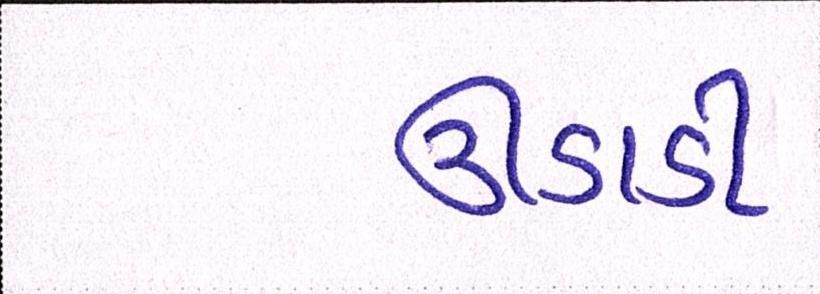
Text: ઊડાડી